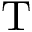
\mathrm { T }